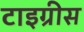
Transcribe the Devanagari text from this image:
टाइग्रीस